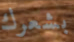
بشعرك